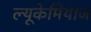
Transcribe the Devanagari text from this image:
ल्यूकेमियाज